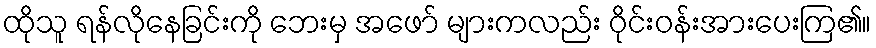
ထိုသူ ရန်လိုနေခြင်းကို ဘေးမှ အဖော် များကလည်း ဝိုင်းဝန်းအားပေးကြ၏။